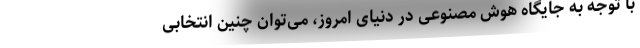
با توجه به جایگاه هوش مصنوعی در دنیای امروز، می‌توان چنین انتخابی